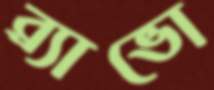
ব্র্যাভো